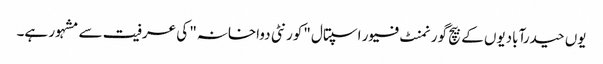
یوں حیدرآبادیوں کے بیچ گورنمنٹ فیور اسپتال "کورنٹی دواخانہ" کی عرفیت سے مشہور ہے۔